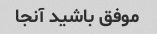
موفق باشید آنجا